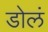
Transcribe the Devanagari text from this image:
डोलं